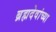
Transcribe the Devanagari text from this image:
ब्रह्मदेवांच्या